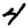
Digit: 4